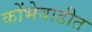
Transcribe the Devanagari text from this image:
कोंभेवाडीत